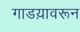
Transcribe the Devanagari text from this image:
गाडय़ावरून